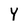
Character: Y